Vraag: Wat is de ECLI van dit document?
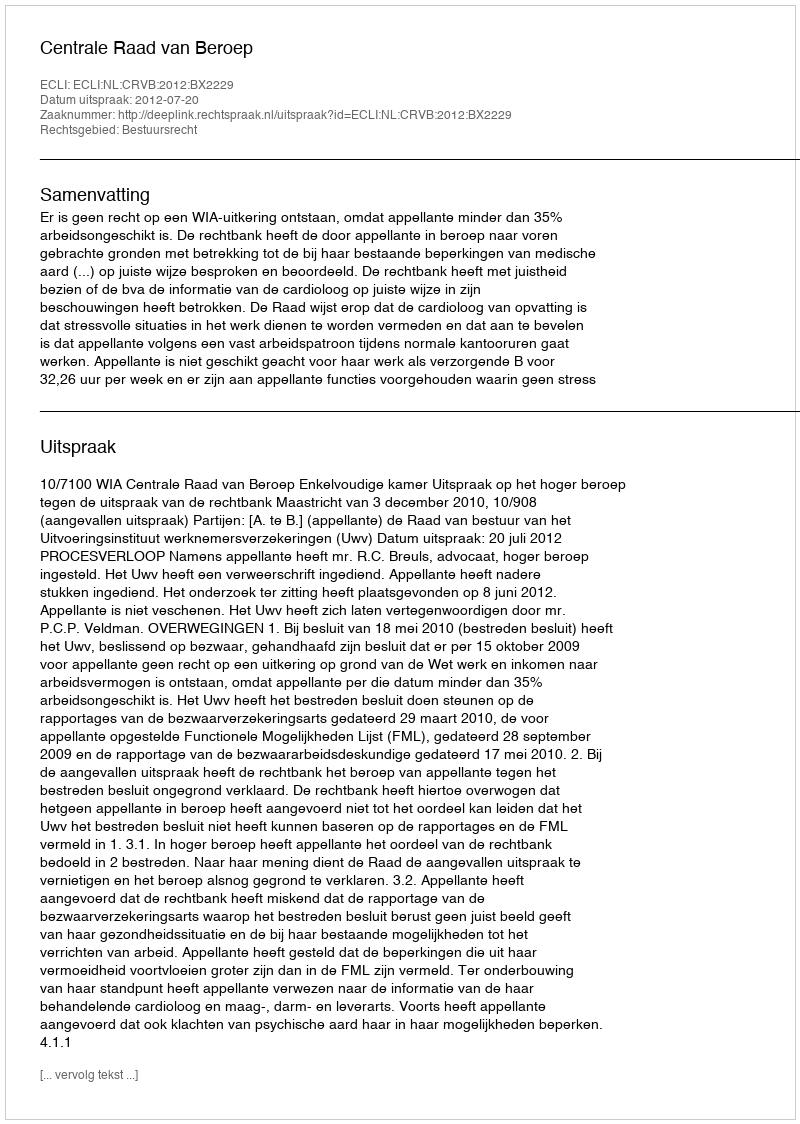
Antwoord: ECLI:NL:CRVB:2012:BX2229